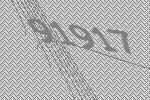
91917